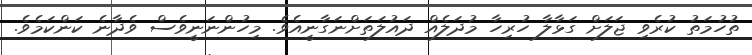
ތުހުމަތު ކުރެވި ޖަލަށް ގަޅާލާ ހުރިހާ މުދަލެއް ދައުލަތަށްނަގާނީއެވެ. މިހުންނަނީވެސް ވެދާނެ ކަންކަމެވެ.